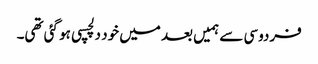
فردوسی سے ہمیں بعد میں خود دلچسپی ہو گئی تھی۔